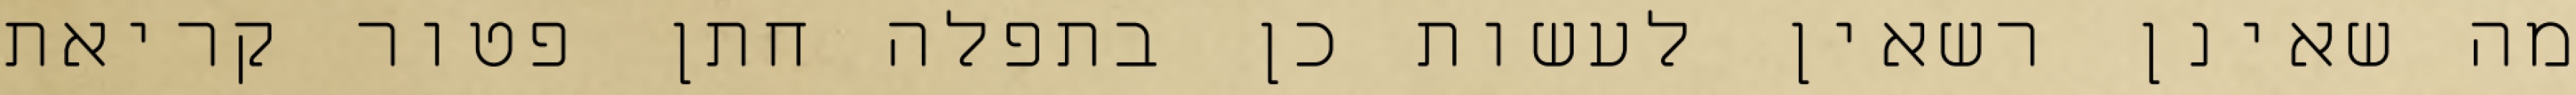
מה שאינן רשאין לעשות כן בתפלה חתן פטור קריאת